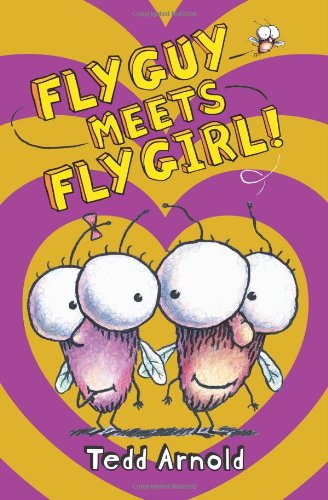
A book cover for Fly Guy #8: Fly Guy Meets Fly Girl!; Tedd Arnold; Children's Books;